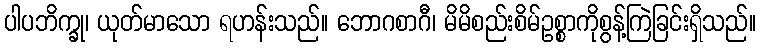
ပါပဘိက္ခု၊ ယုတ်မာသော ရဟန်းသည်။ ဘောဂစာဂီ၊ မိမိစည်းစိမ်ဥစ္စာကိုစွန့်ကြဲခြင်းရှိသည်။